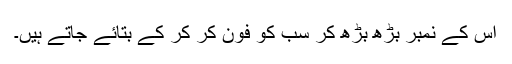
اس کے نمبر بڑھ بڑھ کر سب کو فون کر کر کے بتائے جاتے ہیں۔